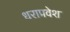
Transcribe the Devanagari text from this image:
धराप्रवेश